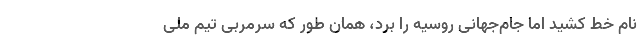
نام خط کشید اما جام‌جهانی روسیه را برد، همان طور که سرمربی تیم ملی